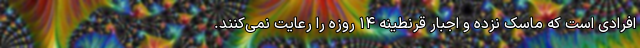
افرادی است که ماسک نزده و اجبار قرنطینه ۱۴ روزه را رعایت نمی‌کنند.